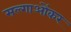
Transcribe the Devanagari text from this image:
सल्गाओंकर